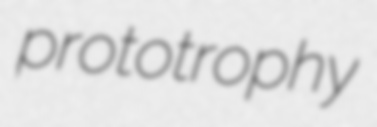
prototrophy